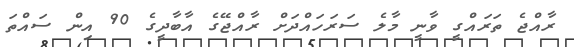
ރާއްޖެ ތަރައްގީ ވާނީ މާލެ ސަރަހައްދަށް ރާއްޖޭގެ އާބާދީގެ 90 އިން ސައްތަ